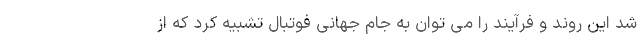
شد این روند و فرآیند را می توان به جام جهانی فوتبال تشبیه کرد که از